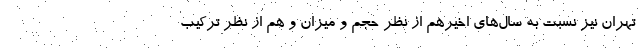
تهران نیز نسبت به سال‌های اخیرهم از نظر حجم و میزان و هم از نظر ترکیب